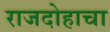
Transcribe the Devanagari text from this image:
राजदोहाचा